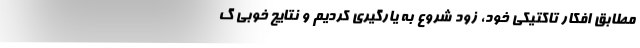
مطابق افکار تاکتیکی خود، زود شروع به یارگیری کردیم و نتایج خوبی گ